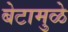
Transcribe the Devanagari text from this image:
बेटामुळे